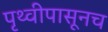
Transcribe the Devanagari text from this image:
पृथ्वीपासूनच